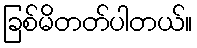
ခြစ်မိတတ်ပါတယ်။